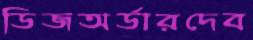
ডিজঅর্ডারদেব